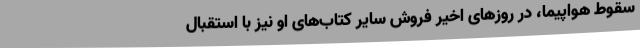
سقوط هواپیما، در روزهای اخیر فروش سایر کتاب‌های او نیز با استقبال